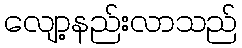
လျော့နည်းလာသည်